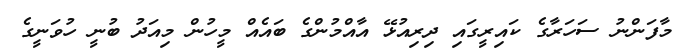
މާފަންނު ސަހަރާގެ ކައިރީގައި ދިރިއުޅޭ އާއްމުންގެ ބައެެއް މީހުން މިއަދު ބުނީ ހުވަނީގެ